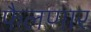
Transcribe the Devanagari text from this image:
फैलणार